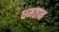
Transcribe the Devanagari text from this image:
धमतान